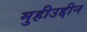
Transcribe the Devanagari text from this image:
मुहीउद्दीन